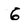
Character: G